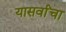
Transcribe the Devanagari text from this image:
यासर्वांचा